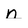
Character: n